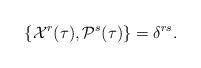
LaTeX: \begin{align*}\{{\cal X}^r(\tau),{\cal P}^s(\tau)\}=\delta^{rs}. \end{align*}